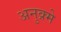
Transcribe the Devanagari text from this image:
अनुक्र्मे